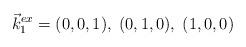
LaTeX: \begin{align*}\vec {k}_1^{ex}= (0,0,1), \; (0,1,0), \; (1,0,0)\end{align*}